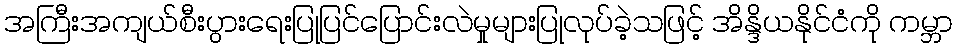
အကြီးအကျယ်စီးပွားရေးပြုပြင်ပြောင်းလဲမှုများပြုလုပ်ခဲ့သဖြင့် အိန္ဒိယနိုင်ငံကို ကမ္ဘာ